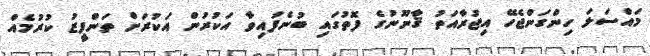
މައްސަލަ ހިންގަންޖެހޭ އިޖުރާއަތު ޤާނޫނުގެ ފޮތުގައި ބުނެފައިވާ އަކުރުން އަކުރަށް ތަންފީޒު ކުރުމެއް